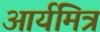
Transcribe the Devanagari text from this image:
आर्यमित्र